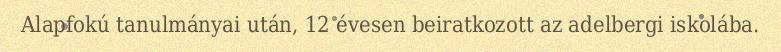
Alapfokú tanulmányai után, 12 évesen beiratkozott az adelbergi iskolába.